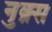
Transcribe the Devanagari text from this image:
नुक़्स